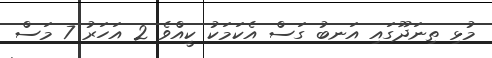
މުޅި ތިނަދޫގައި އަނބު ގަސް އެކަމަކު ކީއްވެ 2 އަހަރު 7 މަސް